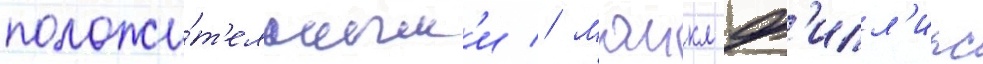
положи́т'ельным'и // Маикл ф'илл'ипс